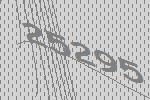
25295